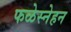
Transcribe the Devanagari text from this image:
फळेस्नेहन